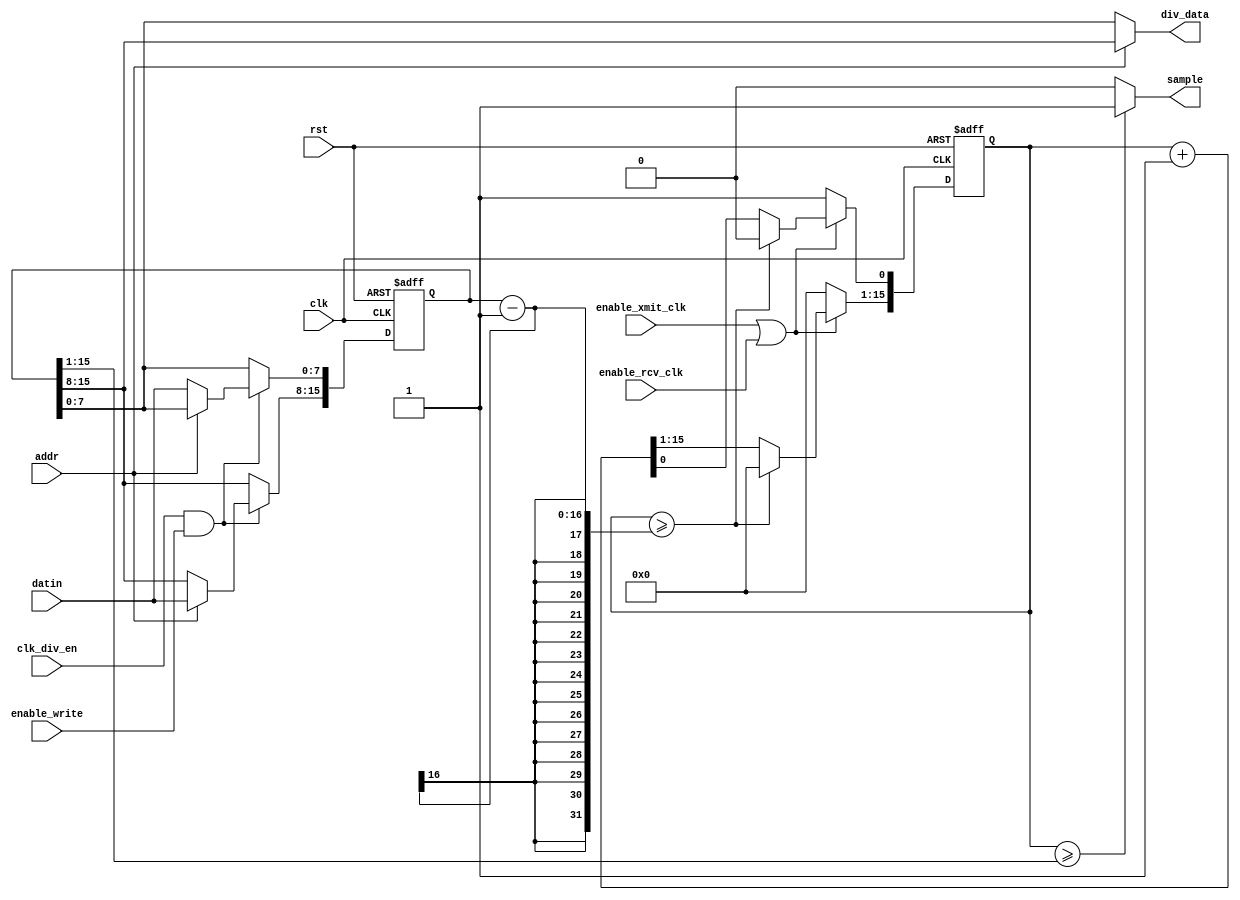
//
// Module UART_TXT.clock_divider.rtl
//
// Created:
//          by - user.group (host.domain)
//          at - 19:13:31 4 Feb 2002
//
// Mentor Graphics' HDL Designer(TM)
//

`resetall
`timescale 1ns/10ps

module clock_divider( 
   addr, 
   clk, 
   clk_div_en, 
   datin, 
   enable_rcv_clk, 
   enable_write, 
   enable_xmit_clk, 
   rst, 
   div_data, 
   sample
);

// Internal Declarations

input        addr;
input        clk;
input        clk_div_en;
input  [7:0] datin;
input        enable_rcv_clk;
input        enable_write;
input        enable_xmit_clk;
input        rst;
output [7:0] div_data;
output       sample;

wire addr;
wire clk;
wire clk_div_en;
wire [7:0] datin;
wire enable_rcv_clk;
wire enable_write;
wire enable_xmit_clk;
wire rst;
reg [7:0] div_data;
reg sample;

// Module declarations
reg [15:0] div_msb_lsb, clk_cnt;

////////////////////////////////////////

always @ (posedge clk or negedge rst)
begin : clk_div_proc
   // Asynchronous Reset
   if (!rst) begin
      // Reset Actions
      div_msb_lsb <= 0;
      clk_cnt[15:1] <= 0;
      clk_cnt[0] <= 1;

   end
   else begin
      // Setup clock divisor values
      if (clk_div_en == 1 && enable_write == 1) begin
         if (~addr) begin
            div_msb_lsb[7:0] <= datin;
         end
         else begin
            div_msb_lsb[15:8] <= datin;
         end
      end
      // Generate divided clock
      if (enable_xmit_clk == 1 || enable_rcv_clk == 1) begin
         if (clk_cnt >= (div_msb_lsb - 1)) begin
            clk_cnt  <= 0;
         end
         else begin
            clk_cnt <= clk_cnt + 1;
         end
      end
      else begin
         clk_cnt[15:1]<=0;
         clk_cnt[0]<=1;
      end

   end
end

// Concurrent statements
always @(addr or div_msb_lsb or clk_cnt)
begin : output_div_and_sample_proc
   div_data = (addr==0) ? div_msb_lsb[7:0] : div_msb_lsb[15:8];
   sample = ( clk_cnt>= ({1'b0,  div_msb_lsb[15:1]} ) ) ? 1 : 0;
end

endmodule // clock_divider